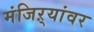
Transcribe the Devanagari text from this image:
मंजिऱ्यांवर